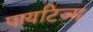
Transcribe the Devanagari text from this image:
पायटिज़्म